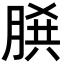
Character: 𦜞